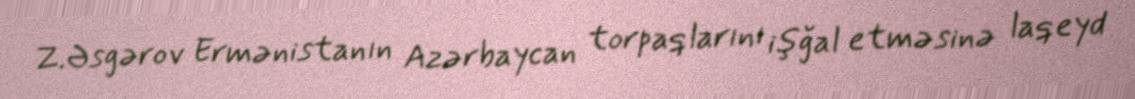
Z.Əsgərov Ermənistanın Azərbaycan torpaqlarını işğal etməsinə laqeyd